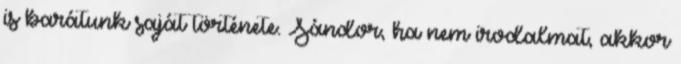
is barátunk saját története. Sándor, ha nem irodalmat, akkor